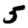
Digit: 5